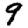
Digit: 9